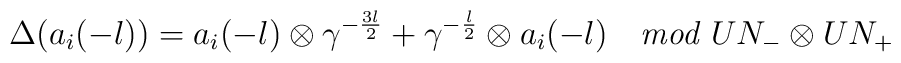
\Delta (a_i(-l))          = a_i(-l) \otimes \gamma^{-\frac{3l}{2}}            + \gamma^{-\frac{l}{2}} \otimes a_i(-l)              \quad  {\it mod} \; UN_- \otimes UN_+